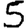
Digit: 5